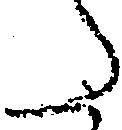
た